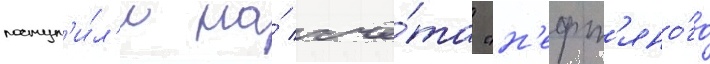
поступ'и́л'и на́ счё́та "н'ефт'яно́го